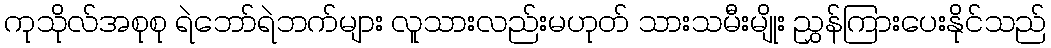
ကုသိုလ်အစုစု ရဲဘော်ရဲဘက်များ လူသားလည်းမဟုတ် သားသမီးမျိုး ညွှန်ကြားပေးနိုင်သည်